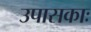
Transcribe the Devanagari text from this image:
उपासकाः